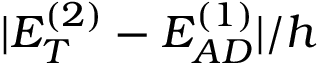
| E _ { T } ^ { ( 2 ) } - E _ { A D } ^ { ( 1 ) } | / h